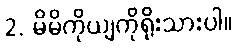
2. မိမိကိုယျကိုရိုးသားပါ။